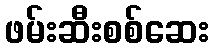
ဖမ်းဆီးစစ်ဆေး